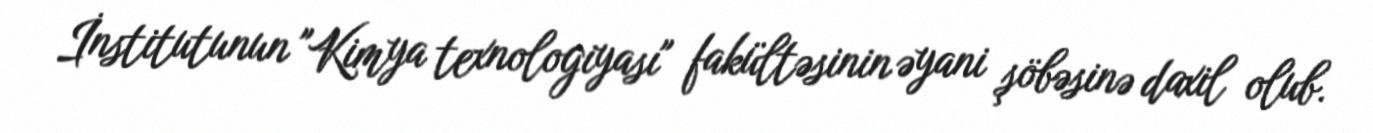
İnstitutunun "Kimya texnologiyası" fakültəsinin əyani şöbəsinə daxil olub.